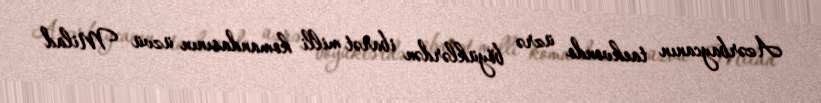
Azərbaycanın taekvondo üzrə böyüklərdən ibarət milli komandasının üzvü Milad